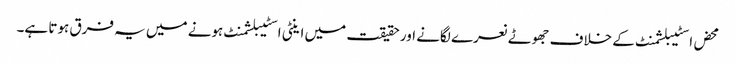
محض اسٹیبلشمنٹ کے خلاف جھوٹے نعرے لگانے اور حقیقت میں اینٹی اسٹیبلشمنٹ ہونے میں یہ فرق ہوتا ہے۔